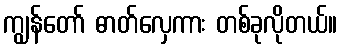
ကျွန်တော် ဓာတ်လှေကား တစ်ခုလိုတယ်။